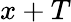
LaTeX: x+T